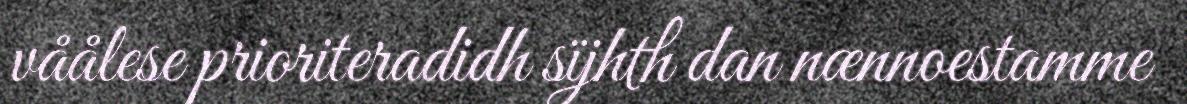
våålese prioriteradidh sïjhth dan nænnoestamme